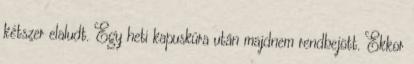
kétszer elaludt. Egy heti kapuskúra után majdnem rendbejött. Ekkor